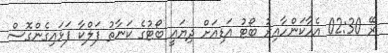
ރޭ 02:30 އެހާކަންހާއިރު ބޯޓު އަޑިއަށް ދިޔައީ ބޯޓުގެ ކަނާތު ފަލްކާ ފަޅައިގެންގޮސް